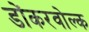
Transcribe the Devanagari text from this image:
डोंकरवोल्क